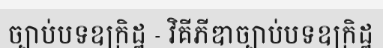
ច្បាប់បទឧក្រិដ្ឋ - វិគីភីឌាច្បាប់បទឧក្រិដ្ឋ